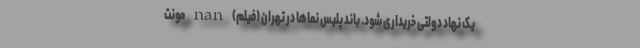
یک نهاد دولتی خریداری شود. باند پلیس نماها در تهران (فیلم) nan مونت